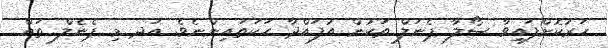
ހަރުކޮށްފައިވާ ސޯލާ ޕެނަލް ތަކުން އުފައްދާ ހަކަތައިންނެވެ. އަދ މި ޕެނެލް ތައް